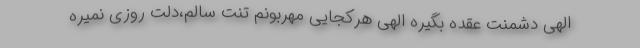
الهی دشمنت عقده بگیره الهی هرکجایی مهربونم تنت سالم،دلت روزی نمیره